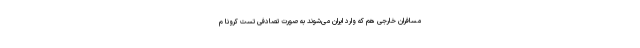
مسافران خارجی هم که وارد ایران می‌شوند به صورت تصادفی تست کرونا م